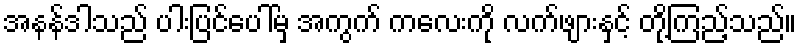
အနန်ဒါသည် ပါးပြင်ပေါ်မှ အကွက် ကလေးကို လက်ဖျားနှင့် တို့ကြည့်သည်။